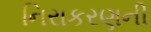
નિરાકરણની